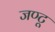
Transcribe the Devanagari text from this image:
जण्टू